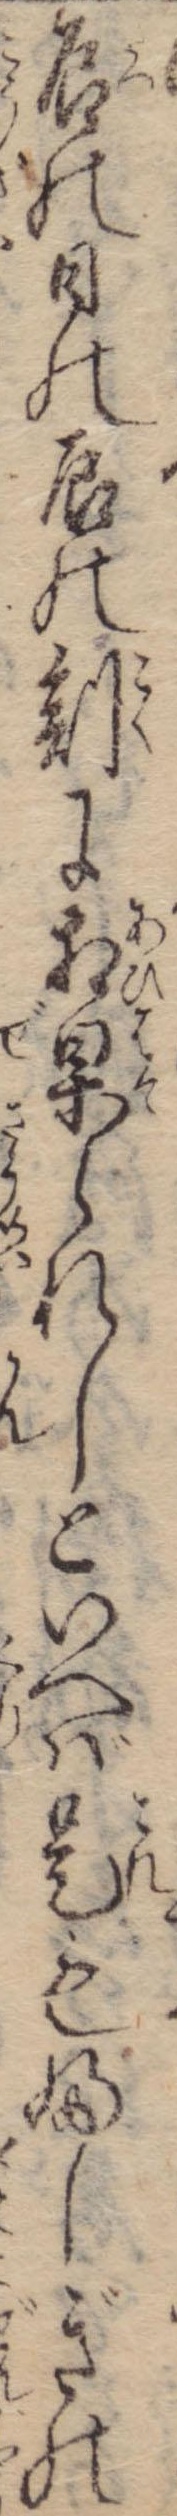
辰の日の辰の刻に相果られしといへば是もふしぎの